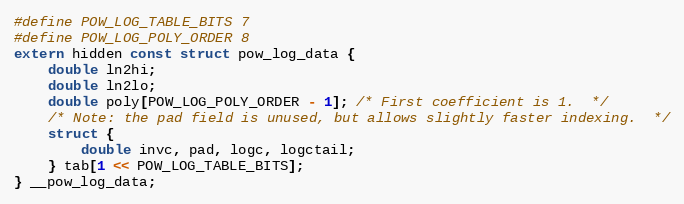
Language: C
#define POW_LOG_TABLE_BITS 7
#define POW_LOG_POLY_ORDER 8
extern hidden const struct pow_log_data {
	double ln2hi;
	double ln2lo;
	double poly[POW_LOG_POLY_ORDER - 1]; /* First coefficient is 1.  */
	/* Note: the pad field is unused, but allows slightly faster indexing.  */
	struct {
		double invc, pad, logc, logctail;
	} tab[1 << POW_LOG_TABLE_BITS];
} __pow_log_data;